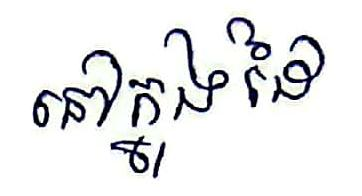
នៅក្នុងដៃ